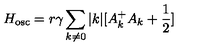
H _ { \mathrm { o s c } } = r { \gamma } \sum _ { k { \neq } 0 } | k | [ A _ { k } ^ { + } A _ { k } + \frac { 1 } { 2 } ]